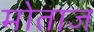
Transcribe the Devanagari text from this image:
मोताज